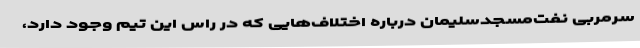
سرمربی نفت‌مسجدسلیمان درباره اختلاف‌هایی که در راس این تیم وجود دارد،